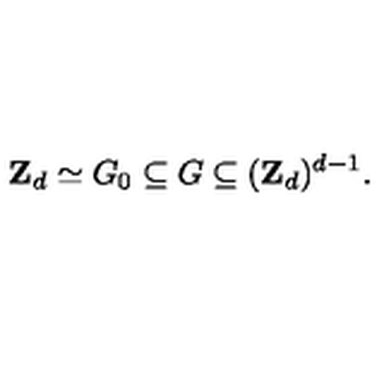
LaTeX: { \bf Z } _ { d } \simeq G _ { 0 } \subseteq G \subseteq ( { \bf Z } _ { d } ) ^ { d - 1 } .